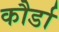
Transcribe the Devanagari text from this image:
कौर्डा